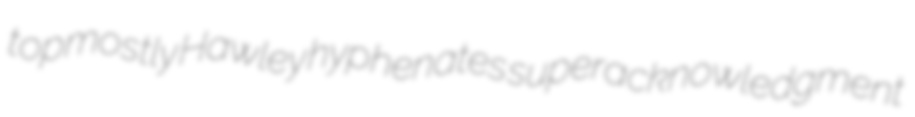
topmostly Hawley hyphenates superacknowledgment